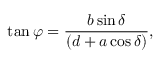
\tan \varphi = \frac { b \sin \delta } { ( d + a \cos \delta ) } ,